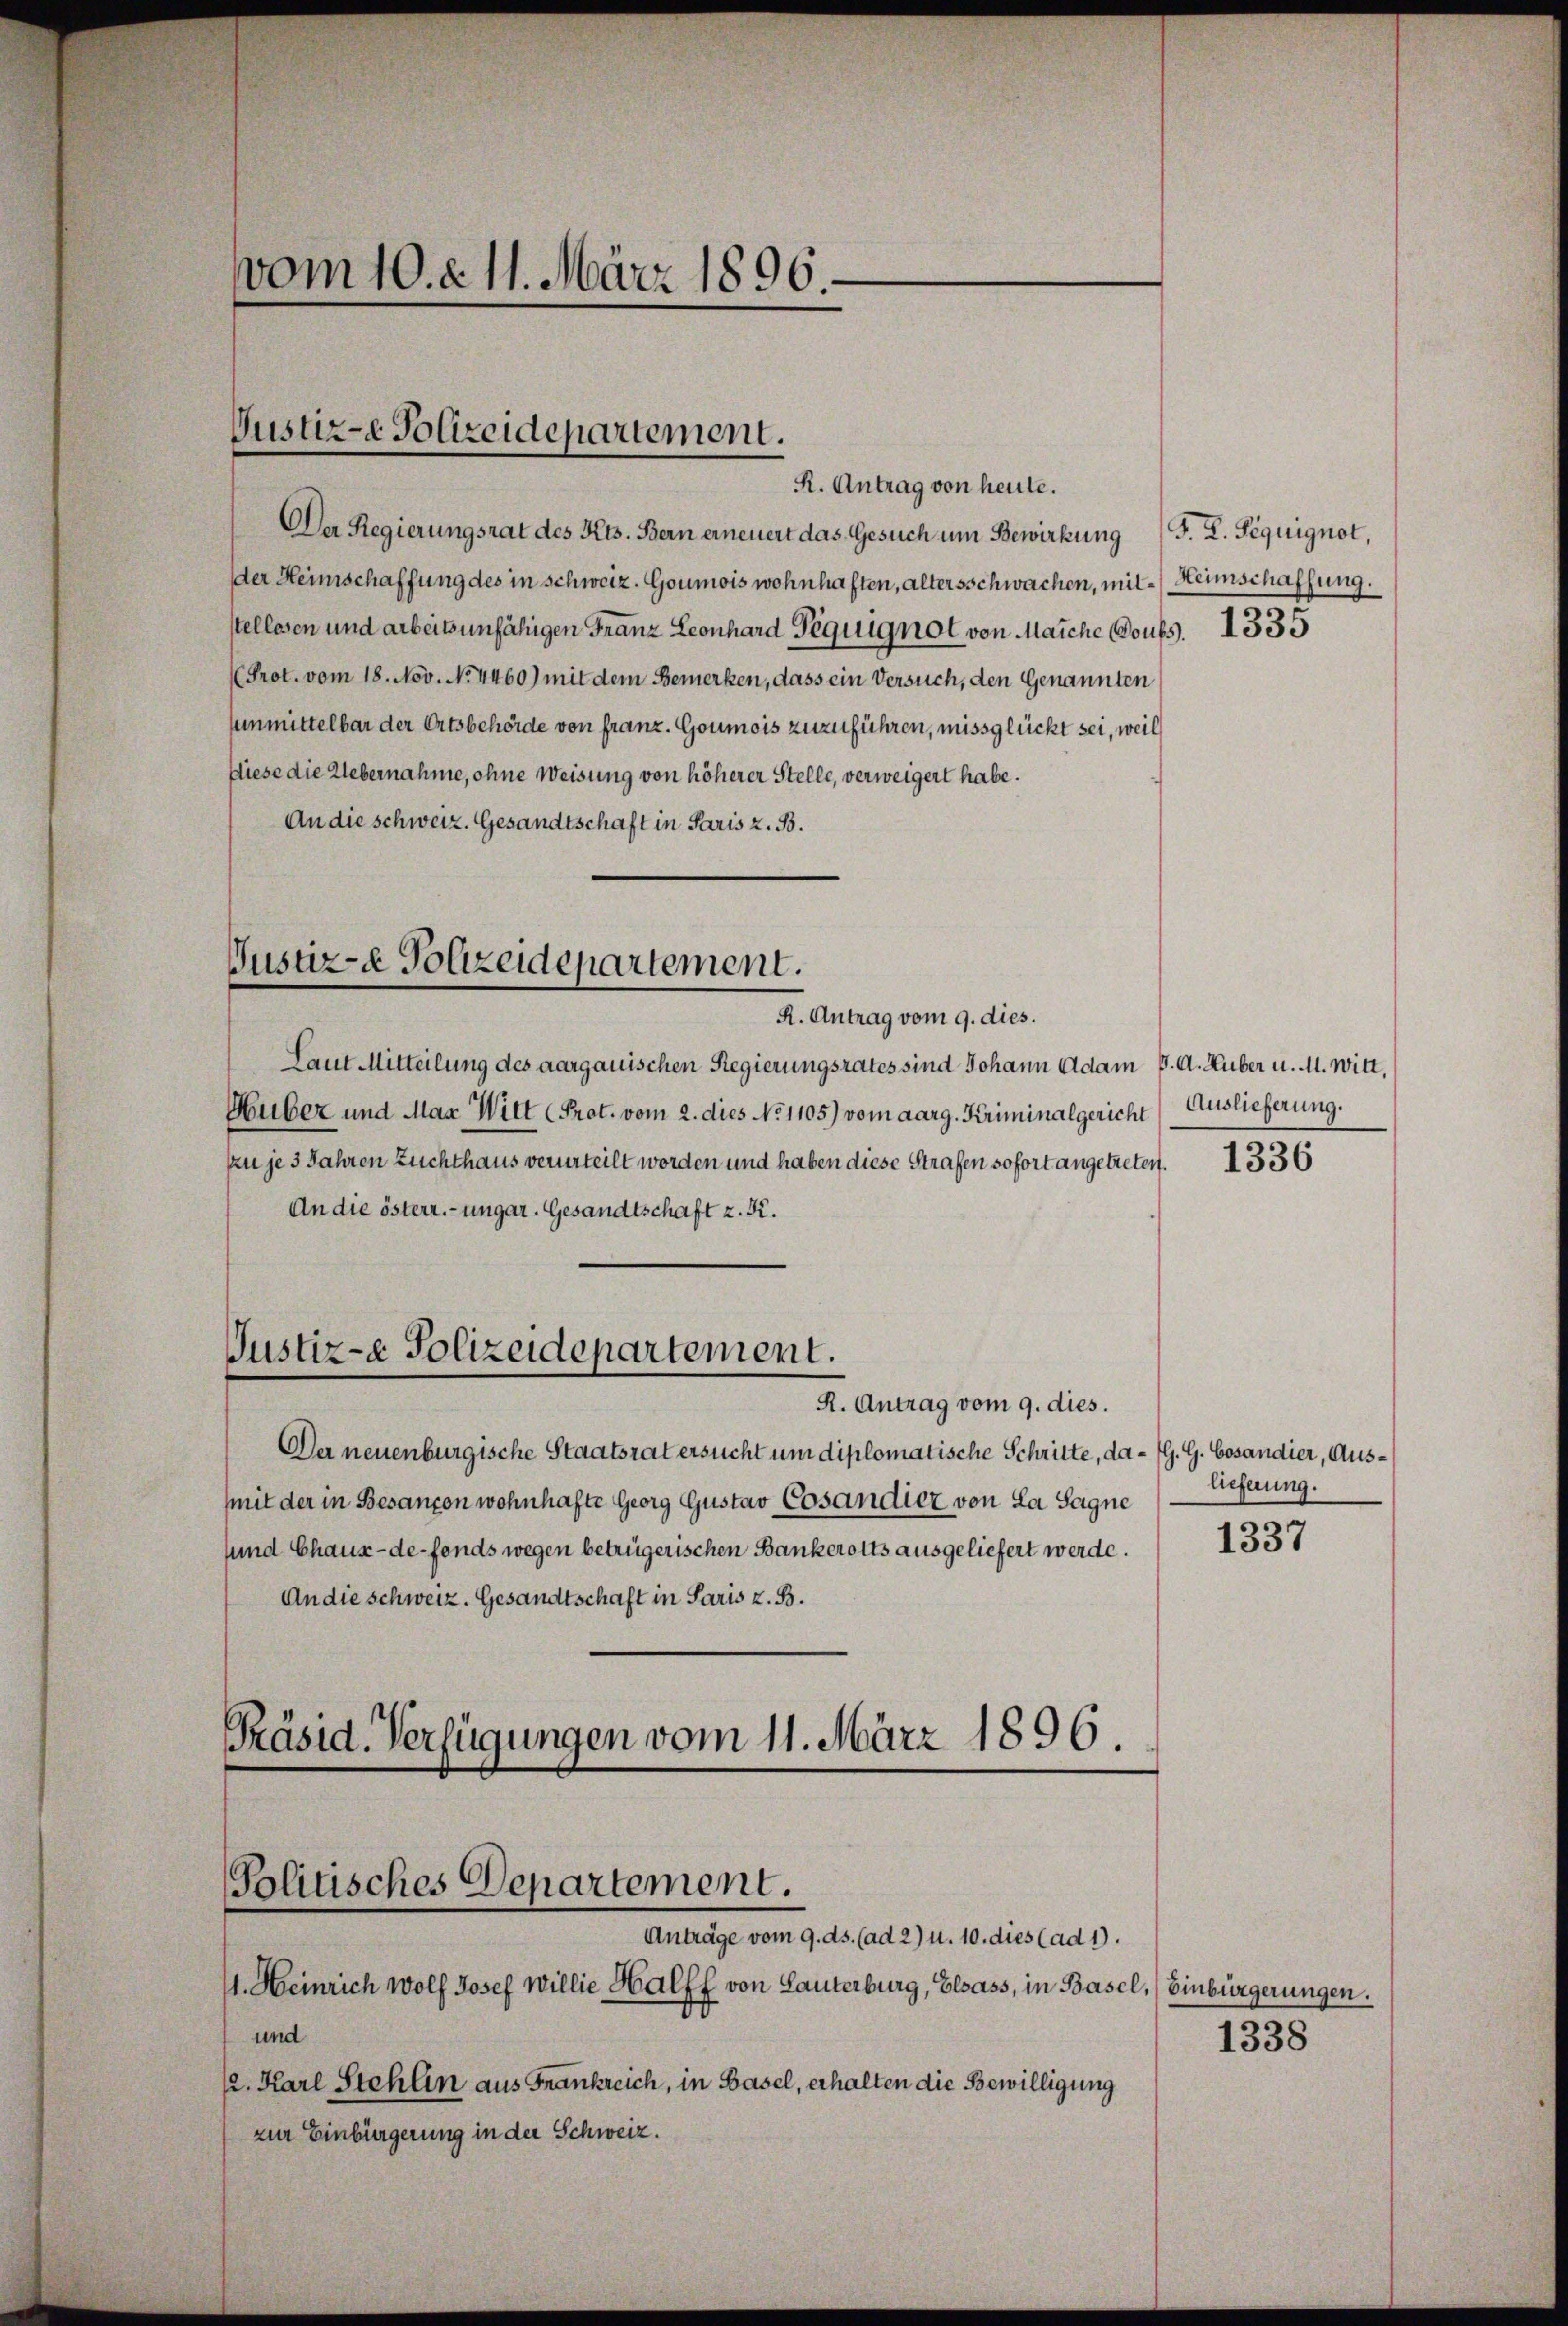
.
vom 10. d. 11. März 1890.

Justiz-e Polizeidepartement.

R. Antrag von heute.
Der Regierungsrat des Kts. Bern erneuert das Gesuch um Bewirkung (T. K. Peguignot,
der Heimschaffung des in schweiz. Goumois wohnhaften, altersschwachen, mit Heimschaffung.
stellesen und arbeitsunfähigen Franz Leonhard Peguignot von Maiche Doufs. 1335
Prot. vom 18. Nov. N. 4460) mit dem Bemerken, dass ein Versuch, den Genannten
sunmittelbar der Ortsbehörde von franz. Goumois zuzuführen, missglückt sei, weil
fliese die Uebernahme, ohne Weisung von höherer Stelle, verweigert habe.
An die schweiz. Gesandtschaft in Paris z. B.

Justiz- & Polizeidepartement.
R. Antrag vom 9. dies.

Justiz-e Polizeidepartement.

Präsid. Verfügungen vom 11. März 1896.
Politisches Departement.
Anträge vom 9. ds. (ad 2) u. 10. dies (ad 1.

Laut Mitteilung des aargauischen Regierungsrates sind Johann Adam K. A. Huber u. M. Witt,
Huber und Max Witt (Prot. vom 2. dies No 1105) vom aarg. Kriminalgericht
zu je 3 Jahren Zuchthaus verurteilt worden und haben diese Strafen sofort angetreten.
An die österr.-ungar. Gesandtschaft z. K.
R. Antrag vom 9. dies.
Der neuenburgische Staatsrat ersucht um diplomatische Schritte, da - (G. G. Cosandier, Ausmit der in Besanzen wohnhafte Georg Gustav Cosandier von La Sagne
sund Chaux-de-Fonds wegen betrügerischen Bankerotts ausgeliefert werde.
An die Schweiz. Gesandtschaft in Paris z. B.

11. Heinrich Wolf Josef Willie Halff von Lauterburg, Elsass, in Basel, Einbürgerungen.
und
/2. Karl Stehlin aus Frankreich, in Basel, erhalten die Bewilligung
zur Einbürgerung in der Schweiz.

Auslieferung.

1336

lieferung.

1337

1338